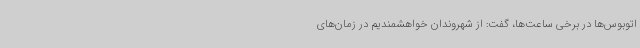
اتوبوس‌ها در برخی ساعت‌ها، گفت: از شهروندان خواهشمندیم در زمان‌های